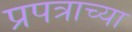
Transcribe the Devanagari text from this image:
प्रपत्राच्या